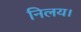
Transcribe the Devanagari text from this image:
निलय।